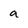
Character: a